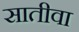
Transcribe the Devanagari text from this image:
सातीवा